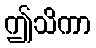
ဤသိကာ